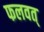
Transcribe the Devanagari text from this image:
फलवत्